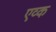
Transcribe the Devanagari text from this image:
एव्क